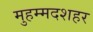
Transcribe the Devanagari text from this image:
मुहम्मदशहर